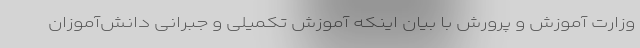
وزارت آموزش و پرورش با بیان اینکه آموزش تکمیلی و جبرانی دانش‌آموزان